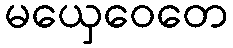
မယှေဝေတေ